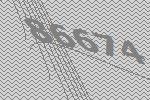
86674